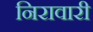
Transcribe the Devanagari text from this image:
निरावारी